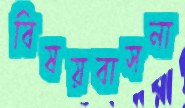
বিষয়বাসনা